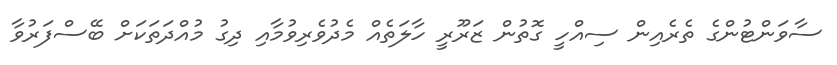
ސާވަންޓުންގެ ތެރެއިން ސިއްހީ ގޮތުން ޒަރޫރީ ހާލަތެއް މެދުވެރިވުމާއި ދިގު މުއްދަތަކަށް ބޭސްފަރުވާ